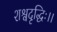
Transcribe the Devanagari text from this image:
शश्वदृद्धिः।।